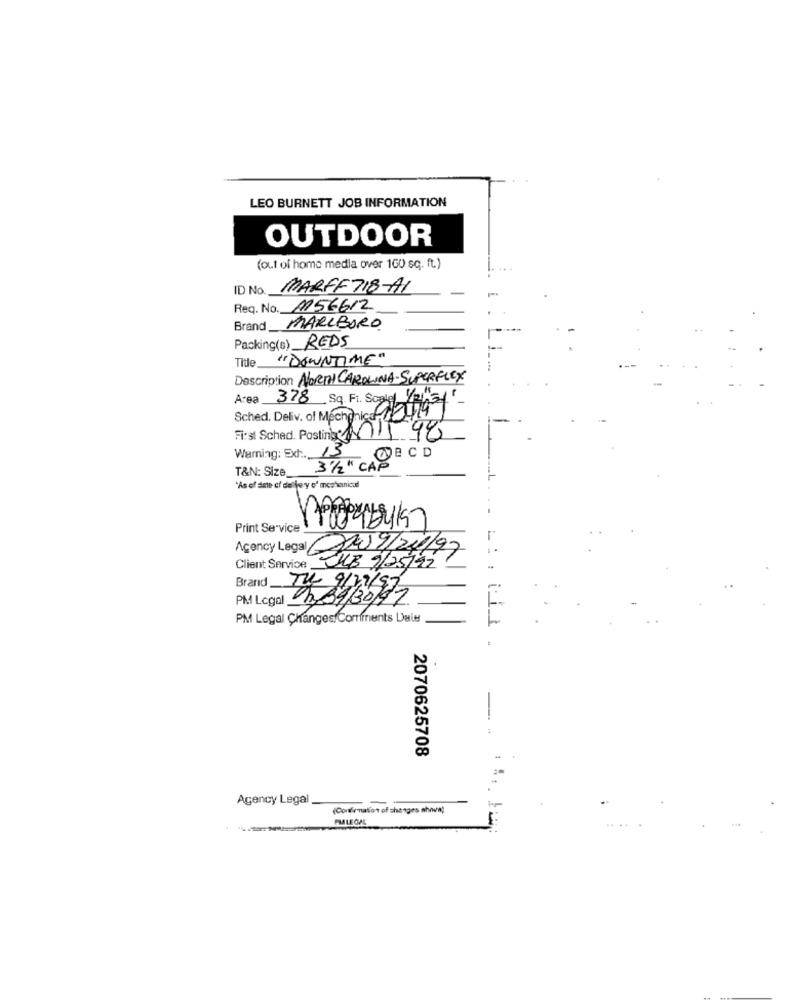
LEO BURNETT JOB INFORMATION
OUTDOOR
(out of home media over 160 sq. ft.)
ID No. MARFF718-AI
Req. No. 1156612
Brand MARLBORO
Packing(s) REDS
"DOWNTIME"
Title
Description NORTH CAROLINA-SUPERFLEX
Area_
378 Sq. Ft. Scale 1/2/31'
Sched. Deliv. of Mechonicd-14
First Sched. Posting: 0015 98
13
Warning: Ext :.
BCD
T&N: Size_
3 1/2" CAP
'As of dime cf de je y o' mechanical
Print Service
ACency Legal 2019/201/97
Client Service_
BULB 9/25/92
Brand_
PM Logal 3 393077
PM Legal Changes Comments Dale
-
2070625708
Agency Legal
(Confirmation of changes ahnung
FMLEGAL